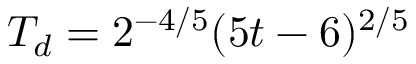
T _ { d } = 2 ^ { - 4 / 5 } ( 5 t - 6 ) ^ { 2 / 5 }